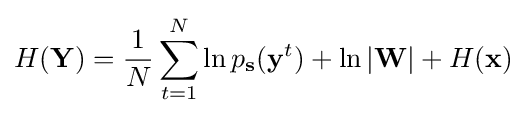
H(\mathbf {Y} )={\frac {1}{N}}\sum _{t=1}^{N}\ln p_{\mathbf {s} }(\mathbf {y} ^{t})+\ln |\mathbf {W} |+H(\mathbf {x} )